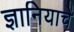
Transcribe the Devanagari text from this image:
ज्ञानियाचें